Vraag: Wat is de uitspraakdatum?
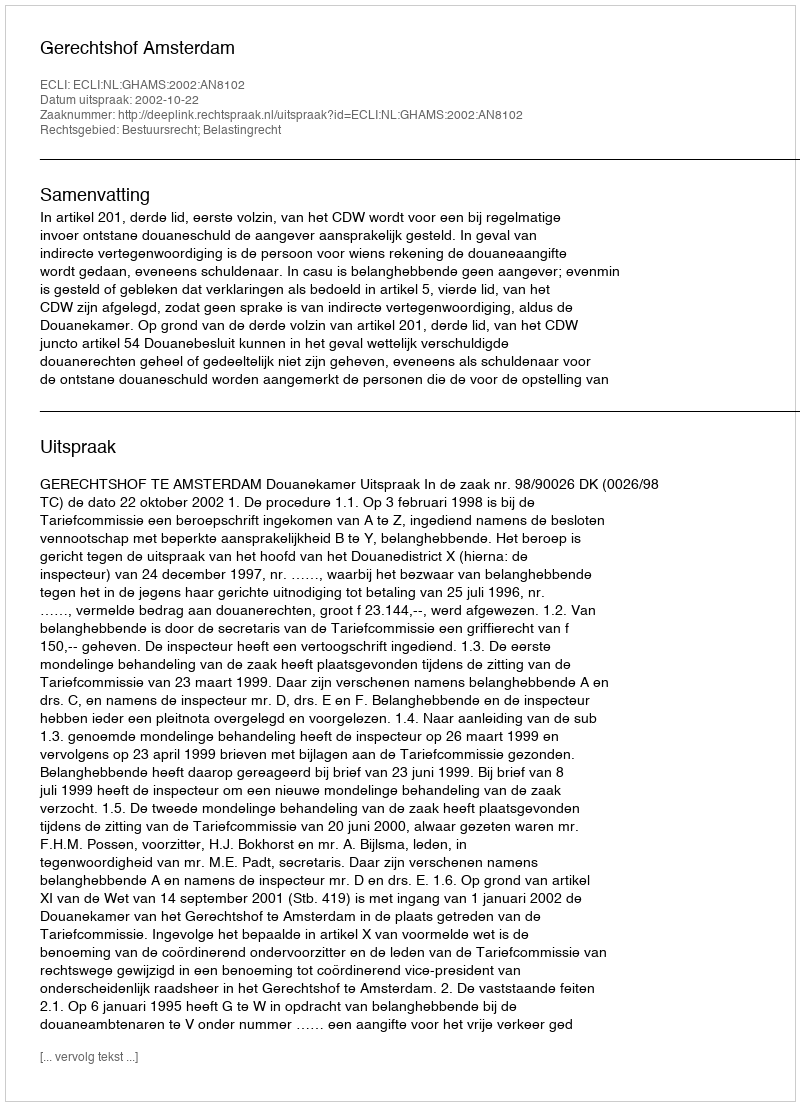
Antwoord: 2002-10-22